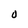
Character: O